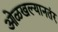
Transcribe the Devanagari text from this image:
ओळखल्यानतंर